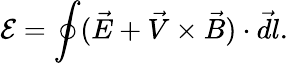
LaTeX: \mathcal E=\oint(\vec{E}+\vec{V}\times\vec{B})\cdot\vec{dl}.